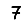
Digit: 7